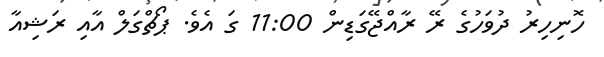
ހޮނިހިރު ދުވަހުގެ ރޭ ރާއްޖޭގަޑިން 11:00 ގަ އެވެ. ޕޯޗްގަލް އާއި ރަޝިއާ